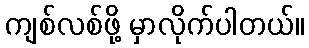
ကျစ်လစ်ဖို့ မှာလိုက်ပါတယ်။